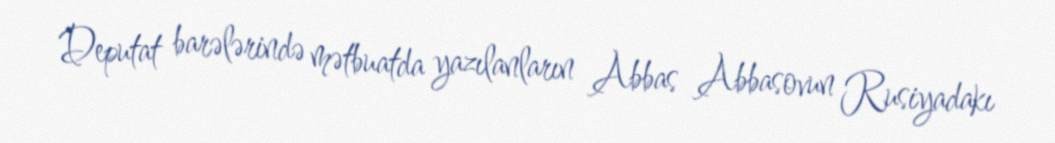
Deputat barələrində mətbuatda yazılanların Abbas Abbasovun Rusiyadakı